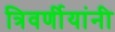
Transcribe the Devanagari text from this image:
त्रिवर्णीयांनी